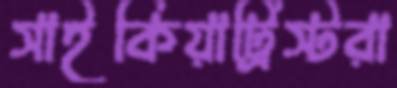
সাইকিয়াট্রিস্টরা